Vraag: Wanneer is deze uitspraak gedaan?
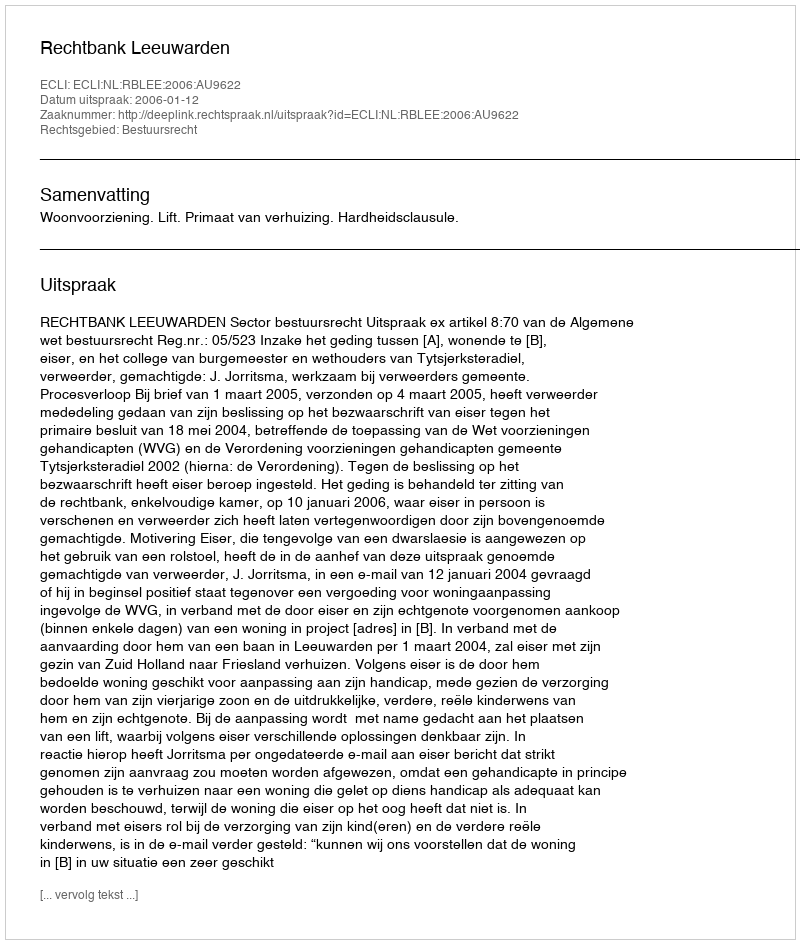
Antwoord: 2006-01-12